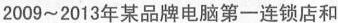
2009~2013年某品牌电脑第一连锁店和